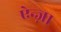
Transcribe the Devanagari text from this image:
ऐन्ज़ा